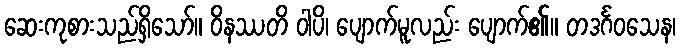
ဆေးကုစားသည်ရှိသော်။ ဝိနဿတိ ဝါပိ၊ ပျောက်မူလည်း ပျောက်၏။ တဒင်္ဂဝသေန၊